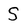
Character: S